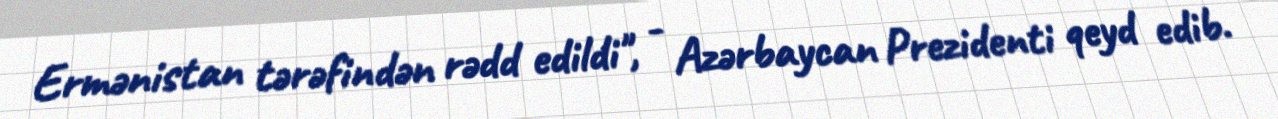
Ermənistan tərəfindən rədd edildi", - Azərbaycan Prezidenti qeyd edib.